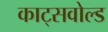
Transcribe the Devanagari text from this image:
काट्सवोल्ड